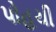
પોહચી